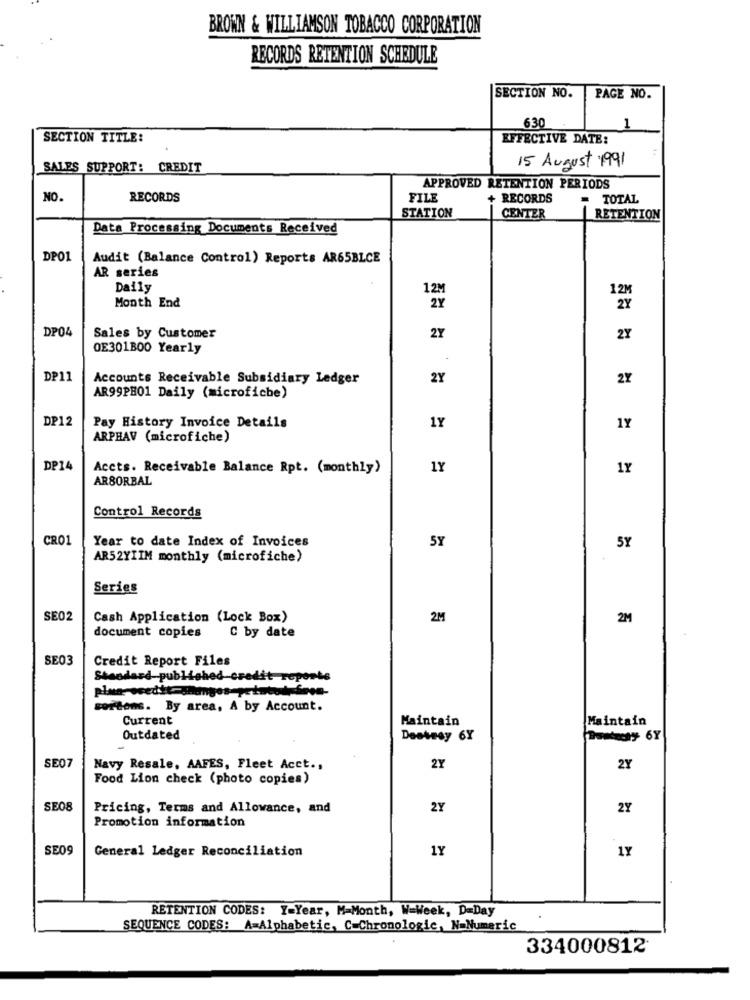
BROWN & WILLIAMSON TOBACCO CORPORATION
RECORDS RETENTION SCHEDULE
SECTION NO.
PAGE NO.
630
1
SECTION TITLE:
EFFECTIVE DATE:
SALES SUPPORT: CREDIT
15 August 1991
APPROVED RETENTION PERIODS
NO.
RECORDS
FILE
+RECORDS
- TOTAL
STATION
CENTER
RETENTION
Data Processing Documents Received
DPO1
Audit (Balance Control) Reports AR65BLCE
AR series
Daily
12M
Month End
2Y
DP04
Sales by Customer
2Y
2Y
0E301B00 Yearly
DP11
Accounts Receivable Subsidiary Ledger
2Y
2Y
AR99PH01 Daily (microfiche)
DP12
Pay History Invoice Details
1Y
1Y
ARPHAV (microfiche)
DP14
Accts. Receivable Balance Rpt. (monthly)
1Y
1Y
ARBORBAL
Control Records
CRO1
Year to date Index of Invoices
5Y
5Y
AR52YIIM monthly (microfiche)
Series
SE02
Cash Application (Lock Box)
2M
2M
document copies
C by date
SE03
Credit Report Files
Standard-published-credit reports
sortons. By area, A by Account.
Current
Maintain
Maintain
Outdated
Desteay 6Y
Tomaty 6Y
SE07
Navy Resale, AAFES, Fleet Acct .,
2Y
2Y
Food Lion check (photo copies)
SE08
Pricing, Terms and Allowance, and
2Y
2Y
Promotion information
SE09
General Ledger Reconciliation
1Y
1Y
RETENTION CODES: Y=Year, M=Month, W=Week, D=Day
SEQUENCE CODES: A=Alphabetic, C=Chronologic, N=Numeric
334000812